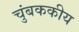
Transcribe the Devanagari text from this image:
चुंबककीय